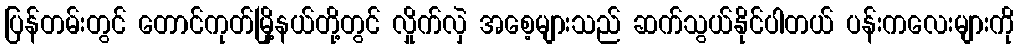
ပြန်တမ်းတွင် တောင်ကုတ်မြို့နယ်တို့တွင် လှိုက်လှဲ အစေ့များသည် ဆက်သွယ်နိုင်ပါတယ် ပန်းကလေးများကို